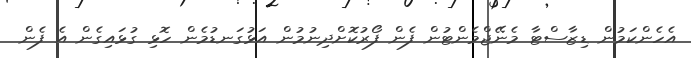
އެހެންކަމުން ޑިޒާސްޓާ މެނޭޖްމެންޓުން ފެން ފޯރުކޮށްދިނުމުން އަޅުގަނޑުމެން ހޮޅި ގުޅައިގެން އެ ފެން